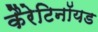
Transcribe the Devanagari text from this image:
कैरेटिनॉयड